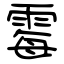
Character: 霉